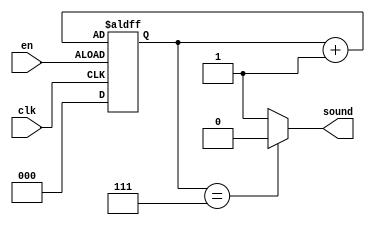
//   
module counter_sound(
    input clk,
    input en,
    output wire sound
    );
    
    reg [2:0] count;

    always @ (posedge clk or posedge en) 
    begin
      
      if(en == 1)
        count <= count + 1;

      else
        count <= 3'b000;
    
    end

    assign sound = (count == 3'b111 ) ? 0 : 1;

endmodule